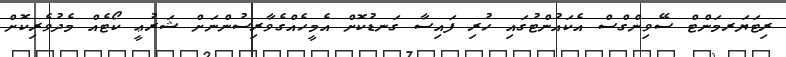
ރިޓަޔަރމަންޓް ސޭވިންގްސް އެކައުންޓުގައި ހުރި ފައިސާ ގަނޑުކޮށް އެމީހެއްގެވާރިސުންނަށް ޝަރުޢީ ކޯޓެއް މެދުވެރިކޮށް